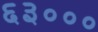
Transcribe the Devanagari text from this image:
६३०००